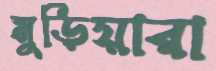
মুড়িয়ারা